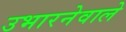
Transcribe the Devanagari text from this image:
उभारनेवाले